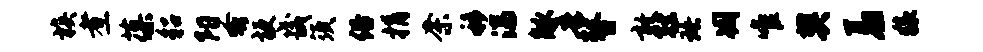
族煮葆貂阳蚤梗畿须俗捐奈移湍觚吾瞽敢弦珞凋唯樊羞猿